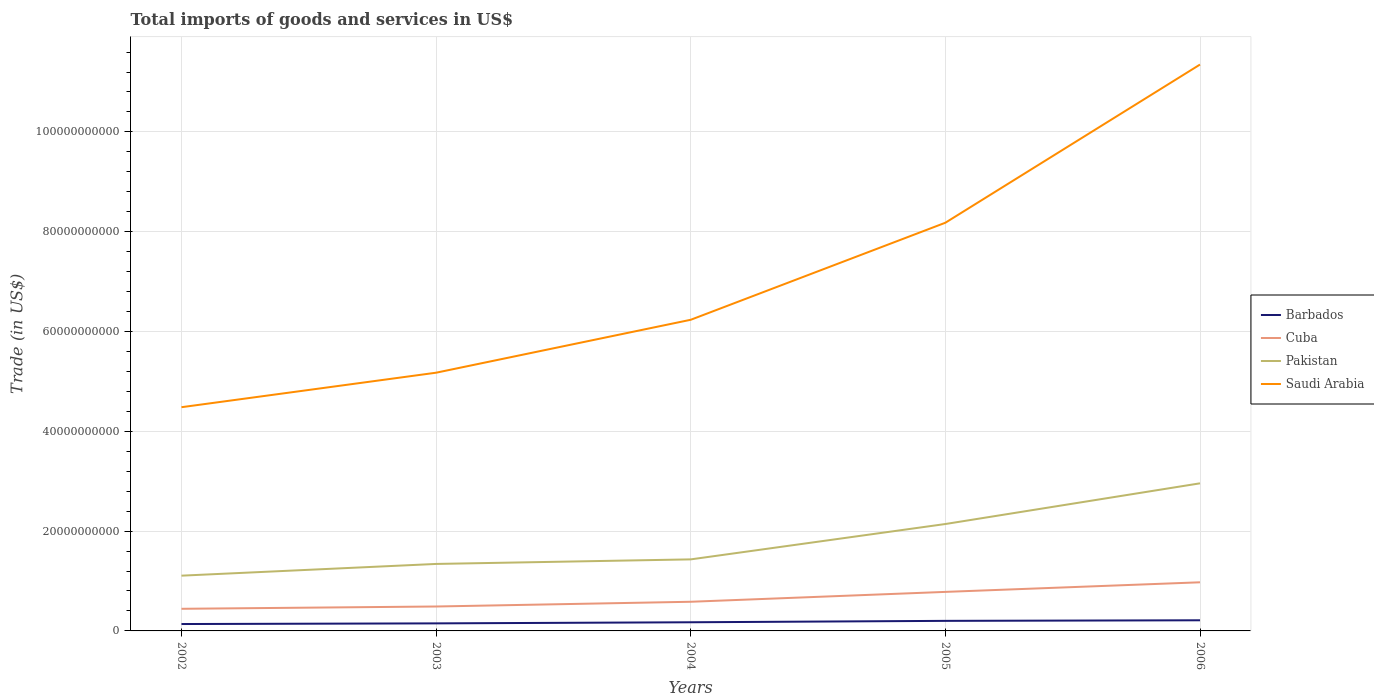
| Years | Barbados | Cuba | Pakistan | Saudi Arabia |
 | --- | --- | --- | --- | --- |
 | 2002 | 1.38e+09 | 4.43e+09 | 1.11e+10 | 4.48e+10 |
 | 2003 | 1.51e+09 | 4.9e+09 | 1.34e+10 | 5.17e+10 |
 | 2004 | 1.73e+09 | 5.84e+09 | 1.43e+10 | 6.24e+10 |
 | 2005 | 2.02e+09 | 7.82e+09 | 2.14e+10 | 8.18e+10 |
 | 2006 | 2.13e+09 | 9.74e+09 | 2.96e+10 | 1.13e+11 |